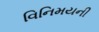
વિનિમયની